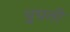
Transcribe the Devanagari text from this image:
धुधली